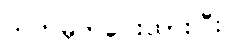
သတ်မှတ်ပေးထားပြီး